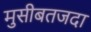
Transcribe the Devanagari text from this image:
मुसीबतजदा